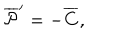
{ \overline { { { \cal P } } } } ^ { \prime } = - \overline { { C } } ,